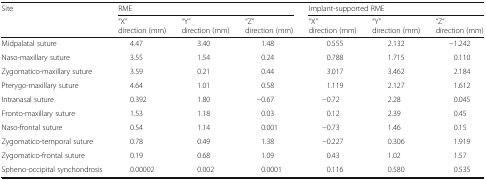
<table><thead><tr><td rowspan="2"><b>Site</b></td><td colspan="3"><b>RME</b></td><td colspan="3"><b>Implant-supported RME</b></td></tr><tr><td><b>“X”direction (mm)</b></td><td><b>“Y”direction (mm)</b></td><td><b>“Z”direction (mm)</b></td><td><b>“X”direction (mm)</b></td><td><b>“Y”direction (mm)</b></td><td><b>“Z”direction (mm)</b></td></tr></thead><tbody><tr><td>Midpalatal suture</td><td>4.47</td><td>3.40</td><td>1.48</td><td>0.555</td><td>2.132</td><td>−1.242</td></tr><tr><td>Naso-maxillary suture</td><td>3.55</td><td>1.54</td><td>0.24</td><td>0.788</td><td>1.715</td><td>0.110</td></tr><tr><td>Zygomatico-maxillary suture</td><td>3.59</td><td>0.21</td><td>0.44</td><td>3.017</td><td>3.462</td><td>2.184</td></tr><tr><td>Pterygo-maxillary suture</td><td>4.64</td><td>1.01</td><td>0.58</td><td>1.119</td><td>2.127</td><td>1.612</td></tr><tr><td>Intranasal suture</td><td>0.392</td><td>1.80</td><td>−0.67</td><td>−0.72</td><td>2.28</td><td>0.045</td></tr><tr><td>Fronto-maxillary suture</td><td>1.53</td><td>1.18</td><td>0.03</td><td>0.12</td><td>2.39</td><td>0.45</td></tr><tr><td>Naso-frontal suture</td><td>0.54</td><td>1.14</td><td>0.001</td><td>−0.73</td><td>1.46</td><td>0.15</td></tr><tr><td>Zygomatico-temporal suture</td><td>0.78</td><td>0.49</td><td>1.38</td><td>−0.227</td><td>0.306</td><td>1.919</td></tr><tr><td>Zygomatico-frontal suture</td><td>0.19</td><td>0.68</td><td>1.09</td><td>0.43</td><td>1.02</td><td>1.57</td></tr><tr><td>Spheno-occipital synchondrosis</td><td>0.00002</td><td>0.002</td><td>0.0001</td><td>0.116</td><td>0.580</td><td>0.535</td></tr></tbody></table>